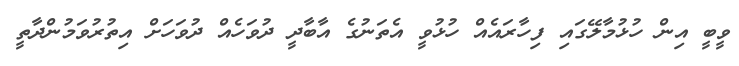
ވީބީ އިން ހުޅުމާލޭގައި ފިހާރައެއް ހުޅުވީ އެތަނުގެ އާބާދީ ދުވަހެއް ދުވަހަށް އިތުރުވަމުންދާތީ